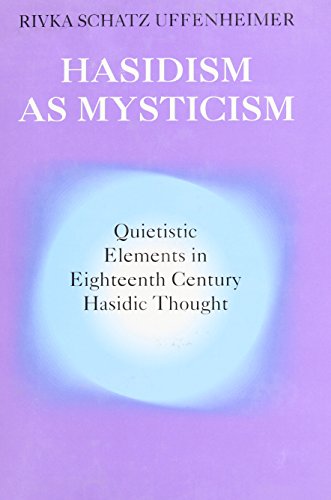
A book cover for Hasidism as Mysticism: Quietistic Elements in Eighteenth Century Hasidic Thought (Princeton Legacy Library); Rivka Schatz Uffenheimer; Religion & Spirituality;